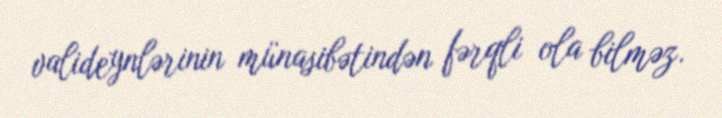
valideynlərinin münasibətindən fərqli ola bilməz.